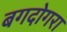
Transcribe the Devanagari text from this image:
बगदोगरा